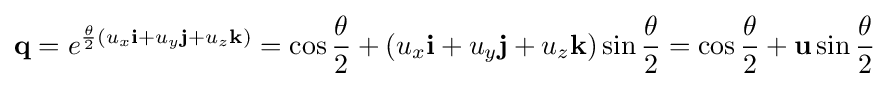
\mathbf {q} =e^{{\frac {\theta }{2}}{(u_{x}\mathbf {i} +u_{y}\mathbf {j} +u_{z}\mathbf {k} )}}=\cos {\frac {\theta }{2}}+(u_{x}\mathbf {i} +u_{y}\mathbf {j} +u_{z}\mathbf {k} )\sin {\frac {\theta }{2}}=\cos {\frac {\theta }{2}}+\mathbf {u} \sin {\frac {\theta }{2}}